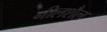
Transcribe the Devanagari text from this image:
नीलशैल